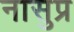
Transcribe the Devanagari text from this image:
नासुप्र